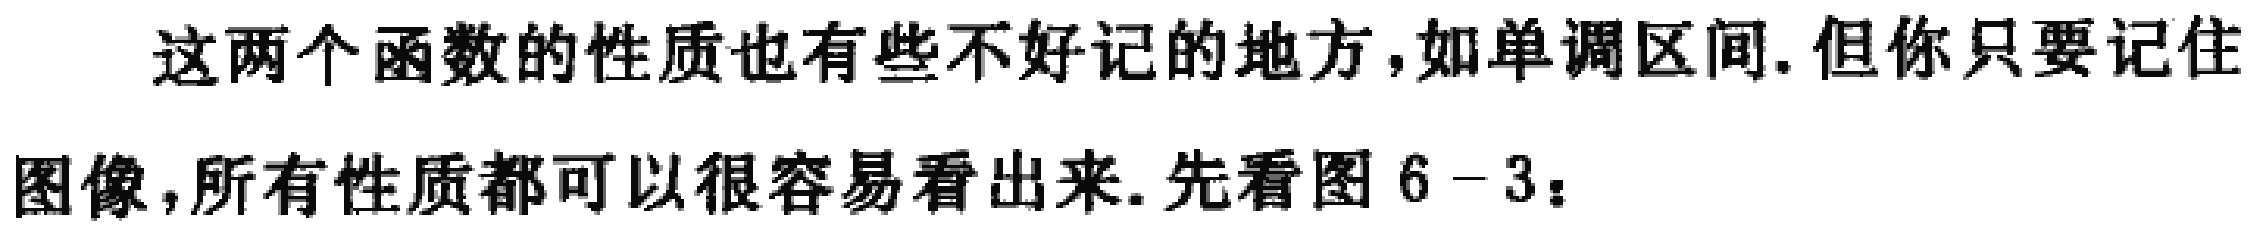
这两个函数的性质也有些不好记的地方,如单调区间.但你只要记住图像,所有性质都可以很容易看出来.先看图6-3：